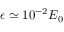
\epsilon \simeq 1 0 ^ { - 2 } E _ { 0 }